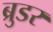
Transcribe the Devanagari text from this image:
ब्रुडर